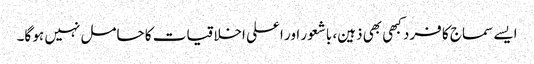
ایسے سماج کا فرد کبھی بھی ذہین، باشعور اور اعلی اخلاقیات کا حامل نہیں ہو گا۔